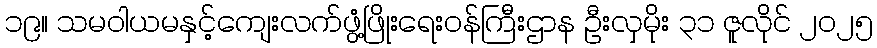
၁၉။ သမဝါယမနှင့်ကျေးလက်ဖွံ့ဖြိုးရေးဝန်ကြီးဌာန ဦးလှမိုး ၃၁ ဇူလိုင် ၂၀၂၅